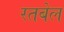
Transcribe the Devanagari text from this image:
रतबेल